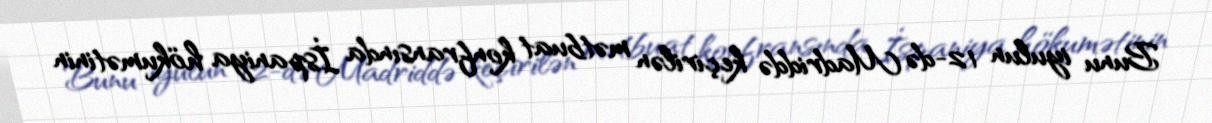
Bunu iyulun 12-də Madriddə keçirilən mətbuat konfransında İspaniya hökumətinin